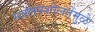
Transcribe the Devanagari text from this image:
स्खलनशीलतेमुळे